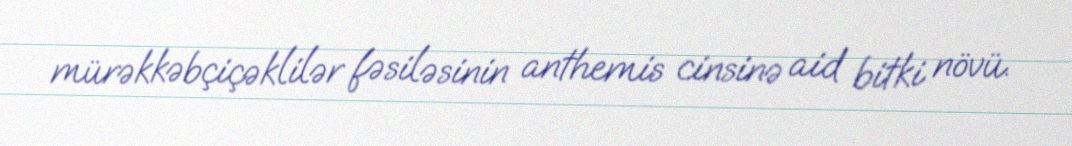
mürəkkəbçiçəklilər fəsiləsinin anthemis cinsinə aid bitki növü.